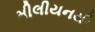
મીલીયનથી